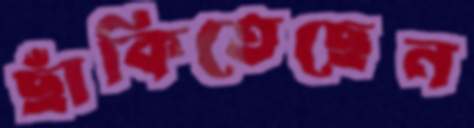
ছাঁকিতেছেন